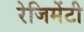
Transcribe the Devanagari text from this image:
रेजिमेंटी